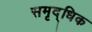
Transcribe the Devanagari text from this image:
समृद्धिक